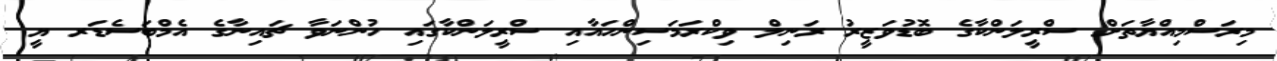
މިރަސްމިއްޔާތަށް ސްރީލަންކާގެ ބޮޑުވަޒީރު ރަނިލް ވިކްރަމަސިންހައާއި ސްރީލަންކާގައި ހުންނަވާ ޗައިނާގެ އެމްބަސެޑަރ ޔީ